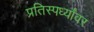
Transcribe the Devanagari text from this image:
प्रतिस्पर्ध्यांवर